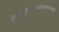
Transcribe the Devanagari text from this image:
शिवाजीमहाराजांच्याघराण्याशी